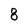
Character: 8